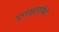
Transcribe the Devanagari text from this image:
गुणसूत्रापैकी